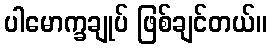
ပါမောက္ခချုပ် ဖြစ်ချင်တယ်။